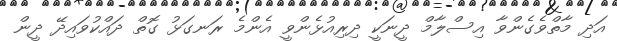
އަދި މާތްވެގެންވާ އިސްލާމް ދީނަކީ ދިރިއުޅެންވީ އެންމެ ރަނގަޅު ގޮތް ދައްކުވައިދޭ ދީން